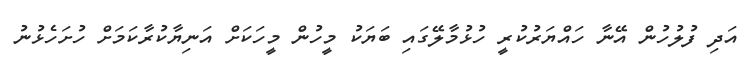
އަދި ފުލުހުން އޭނާ ހައްޔަރުކުރީ ހުޅުމާލޭގައި ބަޔަކު މީހުން މީހަކަށް އަނިޔާކުރާކަމަށް ހުށަހެޅުނު